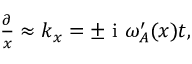
\begin{array} { r } { \frac { \partial } { x } \approx k _ { x } = \pm \mathrm { ~ i ~ } \omega _ { A } ^ { \prime } ( x ) t , } \end{array}